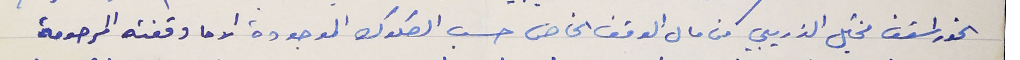
الخوراسقف مخايل الذريبي من مال الوقف الخاص حسب الصكوك الموجودة الا ما وقفته المرحومة